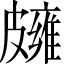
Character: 𥀪